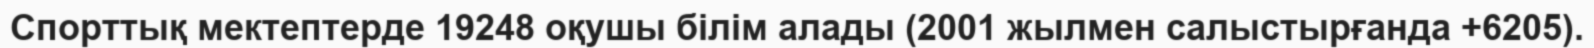
Спорттық мектептерде 19248 оқушы білім алады (2001 жылмен салыстырғанда +6205).